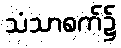
သံသာစက်၌